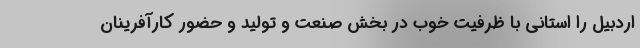
اردبیل را استانی با ظرفیت خوب در بخش صنعت و تولید و حضور کارآفرینان